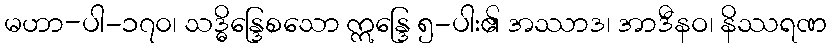
မဟာ-ပါ-၁၇၀၊ သဒ္ဓိန္ဒြေစသော ဣန္ဒြေ ၅-ပါး၏ အဿာဒ၊ အာဒီနဝ၊ နိဿရဏ